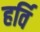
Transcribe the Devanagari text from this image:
हर्वि